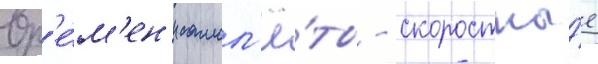
вр'е́м'ен'и самол'ё́ты - скоростны́е